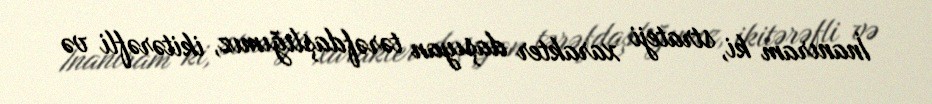
İnanıram ki, strateji xarakter daşıyan tərəfdaşlığımız, ikitərəfli və